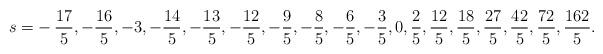
LaTeX: \begin{align*}s=&-\frac{17}{5},-\frac{16}{5},-3,-\frac{14}{5},-\frac{13}{5},-\frac{12}{5},-\frac{9}{5},-\frac{8}{5},-\frac{6}{5},-\frac{3}{5},0,\frac{2}{5},\frac{12}{5},\frac{18}{5},\frac{27}{5},\frac{42}{5},\frac{72}{5},\frac{162}{5}.\end{align*}